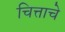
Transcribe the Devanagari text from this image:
चित्ताचे